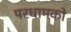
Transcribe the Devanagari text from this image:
परधामको